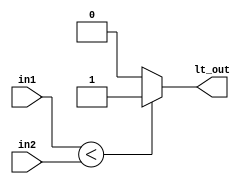
//if in1 is less than in in2, then true
module comparator (in1, in2, lt_out);
	input[3:0] in1, in2;
	output reg lt_out;
	
	always@(in1 or in2) begin
		if(in1 < in2)
			lt_out = 1;
		else
			lt_out = 0;
	end

endmodule